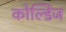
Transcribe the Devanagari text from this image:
कोल्डिज